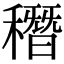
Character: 䅾